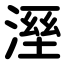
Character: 溼